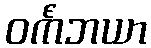
ဝင်္ကံဘယာ